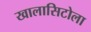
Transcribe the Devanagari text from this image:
खालासिटोला